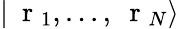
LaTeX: |\mathrm{~\mathbf~r~}_{1},...,\mathrm{~\mathbf~r~}_{N}\rangle